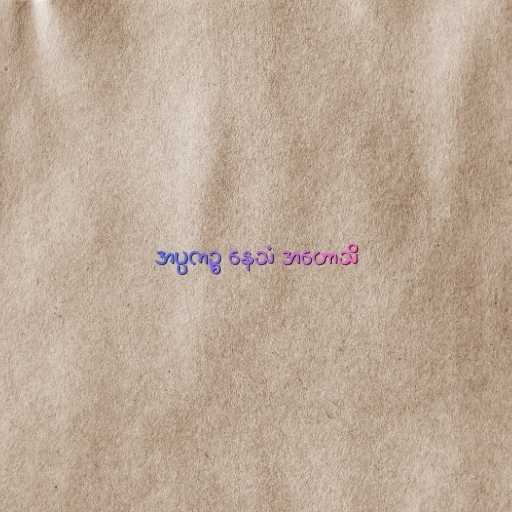
အပ္ပကဉ္စ နေသံ အဟောသိ